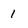
Character: 1